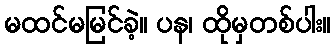
မထင်မမြင်ခဲ့။ ပန၊ ထိုမှတစ်ပါး။